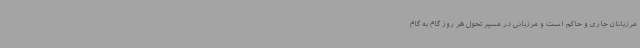
مرزبانان جاری و حاکم است و مرزبانی در مسیر تحول هر روز گام به گام